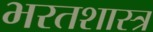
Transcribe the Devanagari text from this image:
भरतशास्त्र